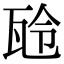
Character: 𤬻